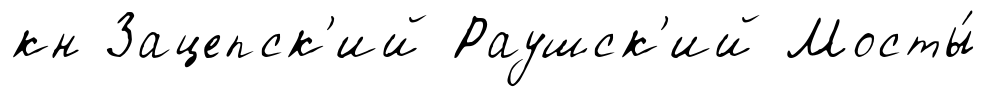
кн Зацепск'ий Раушск'ий Мосты́